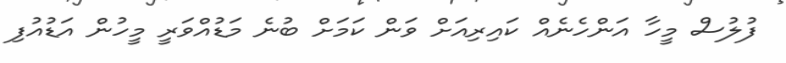
ފުލުސް މީހާ އަންހެނެއް ކައިރިއަށް ވަން ކަމަށް ބުނެ މަޑުއްވަރީ މީހުން އަޑުއުފި